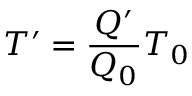
T ^ { \prime } = \frac { Q ^ { \prime } } { Q _ { 0 } } T _ { 0 }